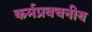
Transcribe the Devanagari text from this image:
कर्मप्रवचनीय